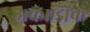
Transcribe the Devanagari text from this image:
अकाद्मिक